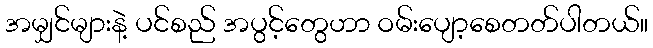
အမျှင်များနဲ့ ပင်စည် အပွင့်တွေဟာ ဝမ်းပျော့စေတတ်ပါတယ်။